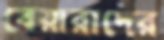
বেয়ারাদের